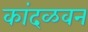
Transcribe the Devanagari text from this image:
कांदळवन